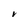
Character: V